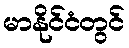
မာနိုင်ငံတွင်